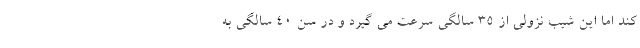
کند اما این شیب نزولی از ۳۵ سالگی سرعت می گیرد و در سن ۴۰ سالگی به